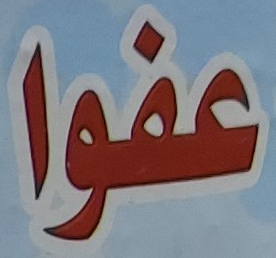
عفوا